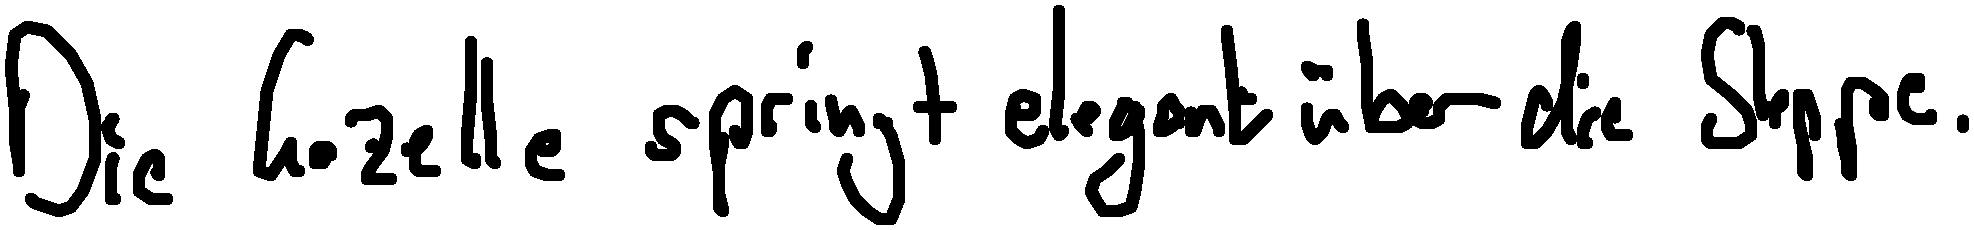
Die Gazelle springt elegant über die Steppe.